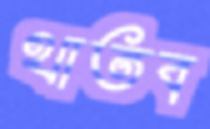
থাতব